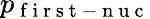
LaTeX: p_{\mathrm{~f~i~r~s~t~-~n~u~c~}}